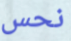
نحس